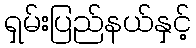
ရှမ်းပြည်နယ်နှင့်